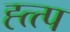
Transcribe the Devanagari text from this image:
ह्त्त्प